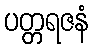
ပတ္တရဇနံ